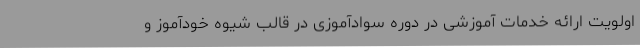
اولویت ارائه خدمات آموزشی در دوره سوادآموزی در قالب شیوه خودآموز و